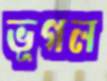
ভূগল